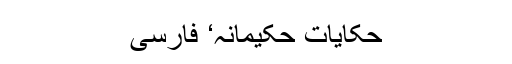
حکایات حکیمانہ‘ فارسی